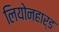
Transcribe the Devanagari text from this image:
लियोनहार्ड